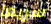
سريعا